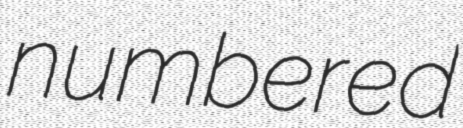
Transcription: numbered